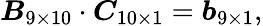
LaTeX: \boldsymbol{B}_{9\times 10}\cdot\boldsymbol{C}_{10\times 1}=\boldsymbol{b}_{9\times 1},